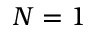
N = 1